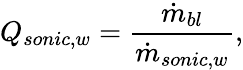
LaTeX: Q_{sonic,w}=\frac{\dot{m}_{bl}}{\dot{m}_{sonic,w}},